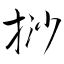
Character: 挱